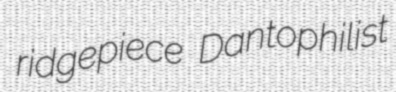
ridgepiece Dantophilist